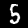
Label: 5